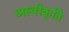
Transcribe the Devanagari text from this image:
अस्‍वीकृति